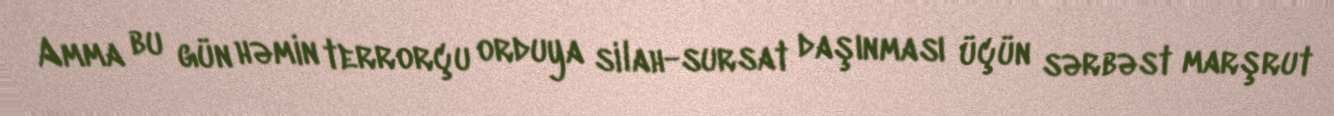
Amma bu gün həmin terrorçu orduya silah-sursat daşınması üçün sərbəst marşrut